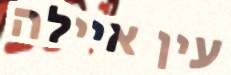
עין איילה